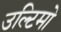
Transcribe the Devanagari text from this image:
उल्टिमो